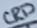
Text: GRD